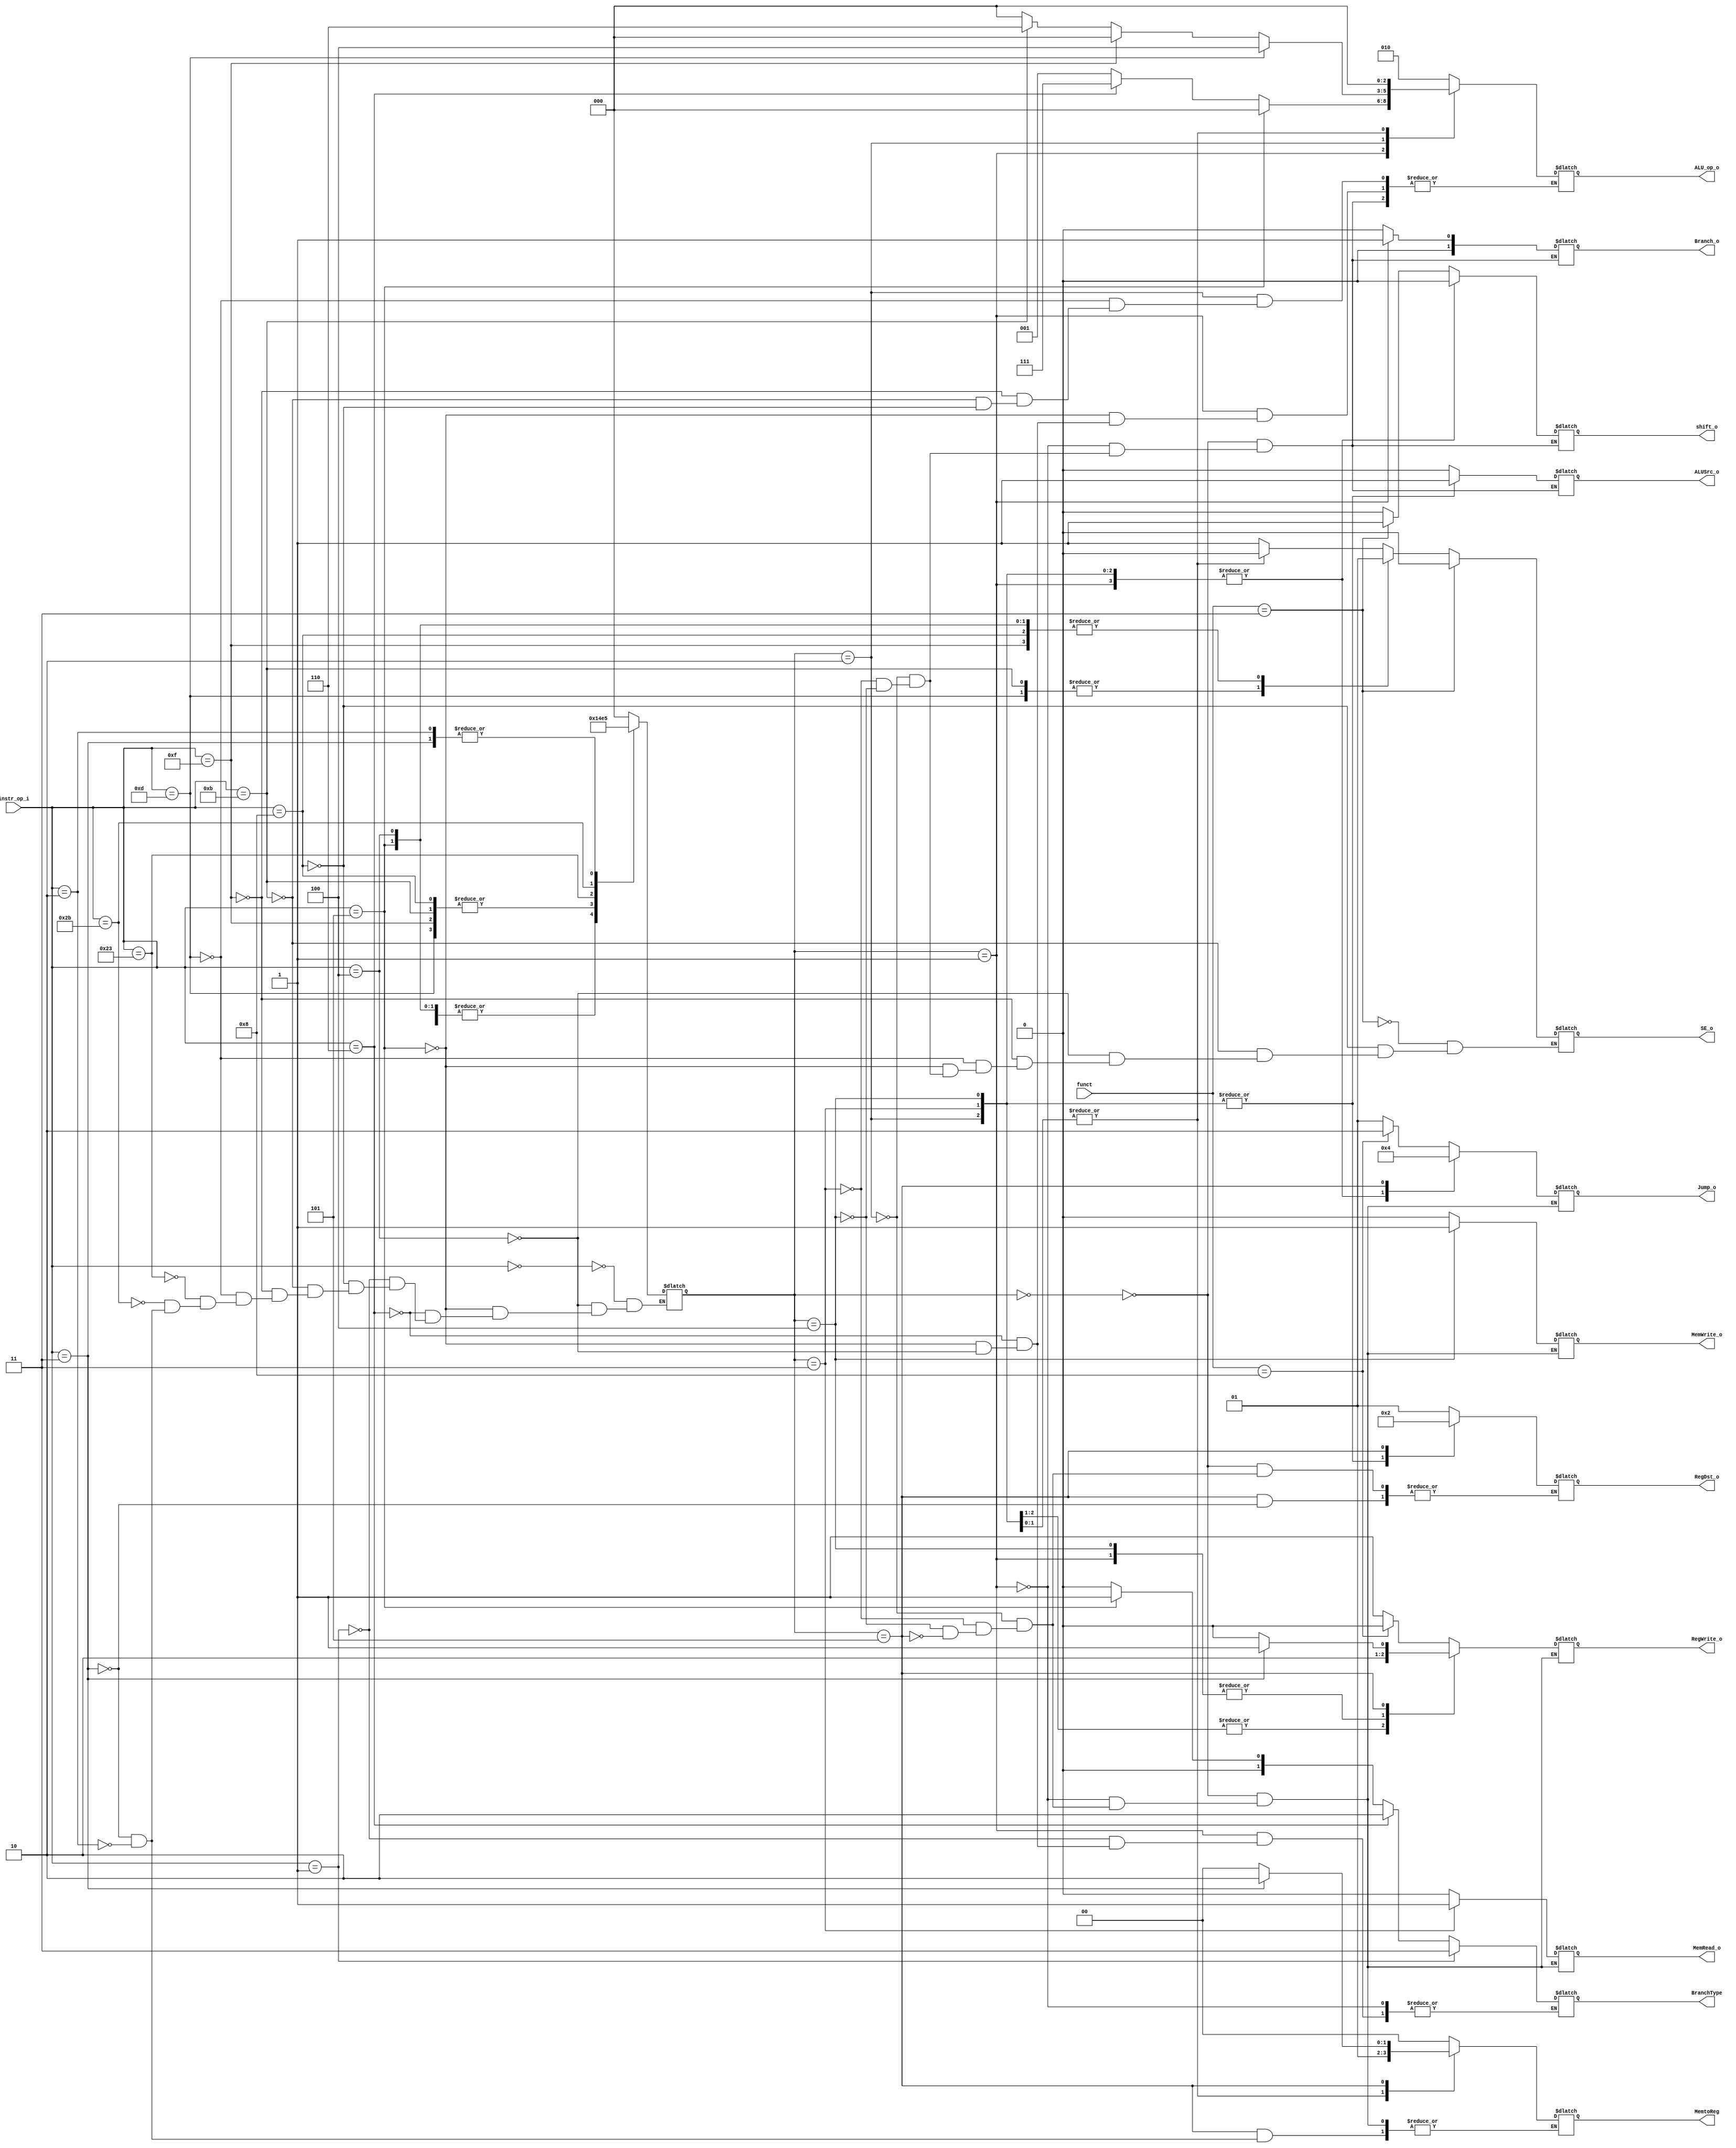
//Subject:     CO project 2 - Decoder
//--------------------------------------------------------------------------------
//Version:     1
//--------------------------------------------------------------------------------
//Writer:      Tracy Liu, Chieh Nien
//----------------------------------------------
//----------------------------------------------
//Description: 
//--------------------------------------------------------------------------------

module Decoder(
    instr_op_i,
    funct,
	RegWrite_o,
	ALU_op_o,
	ALUSrc_o,
	RegDst_o,
	Branch_o,
	shift_o,
	SE_o,
	MemRead_o,
	MemWrite_o,
	MemtoReg,
	Jump_o,
	BranchType
	);
     
//I/O ports
input  [6-1:0] instr_op_i;
input  [6-1:0] funct;

output         RegWrite_o;
output [3-1:0] ALU_op_o;
output         ALUSrc_o;
output   [1:0] RegDst_o;
output [2-1:0] Branch_o;
output         shift_o;
output         SE_o;

//for Lab3
output	       MemRead_o;
output     	   MemWrite_o;
output   [1:0] MemtoReg;
output   [1:0] Jump_o;
output 	 [1:0] BranchType;
 
//Internal Signals
reg    [3-1:0] ALU_op_o;
reg            ALUSrc_o;
reg            RegWrite_o;
reg      [1:0] RegDst_o;
reg    [2-1:0] Branch_o;
reg            shift_o;
reg            SE_o;
reg    [3-1:0] type;
reg	       MemRead_o;
reg     	   MemWrite_o;
reg   [1:0] MemtoReg;
reg   [1:0] Jump_o;
reg 	 [1:0] BranchType;

//Parameter


//Main function
always@(*) begin
  case (instr_op_i)
    // R
    6'b000000: type <= 0;
    // B
    6'b000100: type <= 1;
    6'b000101: type <= 1;
    6'b000110: type <= 1;
    6'b000001: type <= 1;
    // I
    6'b001000: type <= 2;
    6'b001011: type <= 2;
    6'b001111: type <= 2;
    6'b001101: type <= 2;

    6'b100011: type <= 3; // lw
    6'b101011: type <= 4; // sw

    6'b000010: type <= 5; // j
    6'b000011: type <= 5; // jal
  endcase
  case (type)
    0: begin // R-format
      if(funct == 6'b000011) shift_o <= 1;
      else shift_o <= 0;
      ALU_op_o <= 3'b010;
      ALUSrc_o <= 0;
      Branch_o <= 0;
      RegWrite_o <= 1;
      RegDst_o <= 1;
      // lab3
      MemtoReg <= 0;
      MemRead_o <= 0;
      MemWrite_o <= 0;
      if (funct == 6'b001000) begin 
        Jump_o <= 2;
        RegWrite_o <= 0;
      end
      else Jump_o <= 1;
    end
    1: begin // Branch
      if (instr_op_i == 6'b000100) ALU_op_o <= 3'b001; // beq
      if (instr_op_i == 6'b000101) ALU_op_o <= 3'b101; // bne
      if (instr_op_i == 6'b000110) ALU_op_o <= 3'b111; // ble
      if (instr_op_i == 6'b000101) ALU_op_o <= 3'b000; // bltz
      ALUSrc_o <= 0;
      Branch_o <= 1;
      RegWrite_o <= 0;
      shift_o <= 0;
      // lab3
      MemtoReg <= 0;
      MemRead_o <= 0;
      MemWrite_o <= 0;
      if (instr_op_i == 6'b000100) BranchType <= 0; // beq
      if (instr_op_i == 6'b000101) BranchType <= 1; // bne, bnez
      if (instr_op_i == 6'b000110) BranchType <= 2; // ble
      if (instr_op_i == 6'b000001) BranchType <= 3; // bltz
      Jump_o = 1;
    end
    2: begin // I-format
      ALUSrc_o <= 1;
      Branch_o <= 0;
      RegWrite_o <= 1;
      RegDst_o <= 0;
      shift_o <= 0;
      if (instr_op_i == 6'b001000) ALU_op_o <= 3'b000; // addi
      if (instr_op_i == 6'b001011) ALU_op_o <= 3'b110; // sltiu
      if (instr_op_i == 6'b001111) ALU_op_o <= 3'b000; // li
      if (instr_op_i == 6'b001101) ALU_op_o <= 3'b100; // ori
      // lab3
      MemtoReg <= 0;
      MemRead_o <= 0;
      MemWrite_o <= 0;
      Jump_o <= 1;
      SE_o <= 1;
    end
    3: begin // lw
      ALU_op_o <= 3'b000;
      ALUSrc_o <= 1;
      Branch_o <= 0;
      RegWrite_o <= 1;
      RegDst_o <= 0;
      shift_o <= 0;
      // lab3
      MemtoReg <= 1;
      MemRead_o <= 1;
      MemWrite_o <= 0;
      Jump_o <= 1;
      SE_o <= 0;
    end
    4: begin // sw
      ALU_op_o <= 3'b000;
      ALUSrc_o <= 1;
      Branch_o <= 0;
      RegWrite_o <= 0;
      RegDst_o <= 0;
      shift_o <= 0;
      // lab3
      MemtoReg <= 1;
      MemRead_o <= 0;
      MemWrite_o <= 1;
      Jump_o <= 1;
      SE_o <= 0;
    end
    5: begin
      Jump_o <= 0;
      MemRead_o <= 0;
      MemWrite_o <= 0;
      RegWrite_o <= 0;
      // RegDst_o <= 2;
      if (instr_op_i == 6'b000010) MemtoReg <= 0;
      if (instr_op_i == 6'b000011) begin
        RegWrite_o <= 1;
        MemtoReg <= 2;
        RegDst_o <= 2;
      end
    end
  endcase
  case (instr_op_i)
    6'b001000: SE_o <= 1;
    6'b001011: SE_o <= 0;
    6'b000100: SE_o <= 1;
    6'b001111: SE_o <= 1;
    6'b001101: SE_o <= 0;
    6'b000101: SE_o <= 1;
  endcase
  case (funct)
    6'b000011: SE_o <= 0; //sra unsign for extend
  endcase
end

endmodule